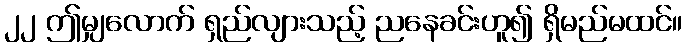
၂၂ ဤမျှလောက် ရှည်လျားသည့် ညနေခင်းဟူ၍ ရှိမည်မထင်။